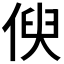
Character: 𠋟